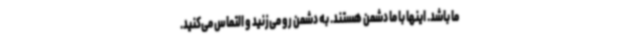
ما باشد. اینها با ما دشمن هستند. به دشمن رو می‌زنید و التماس می‌کنید.